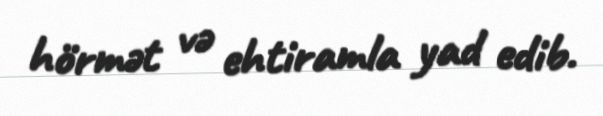
hörmət və ehtiramla yad edib.